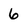
Character: 6